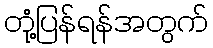
တုံ့ပြန်ရန်အတွက်